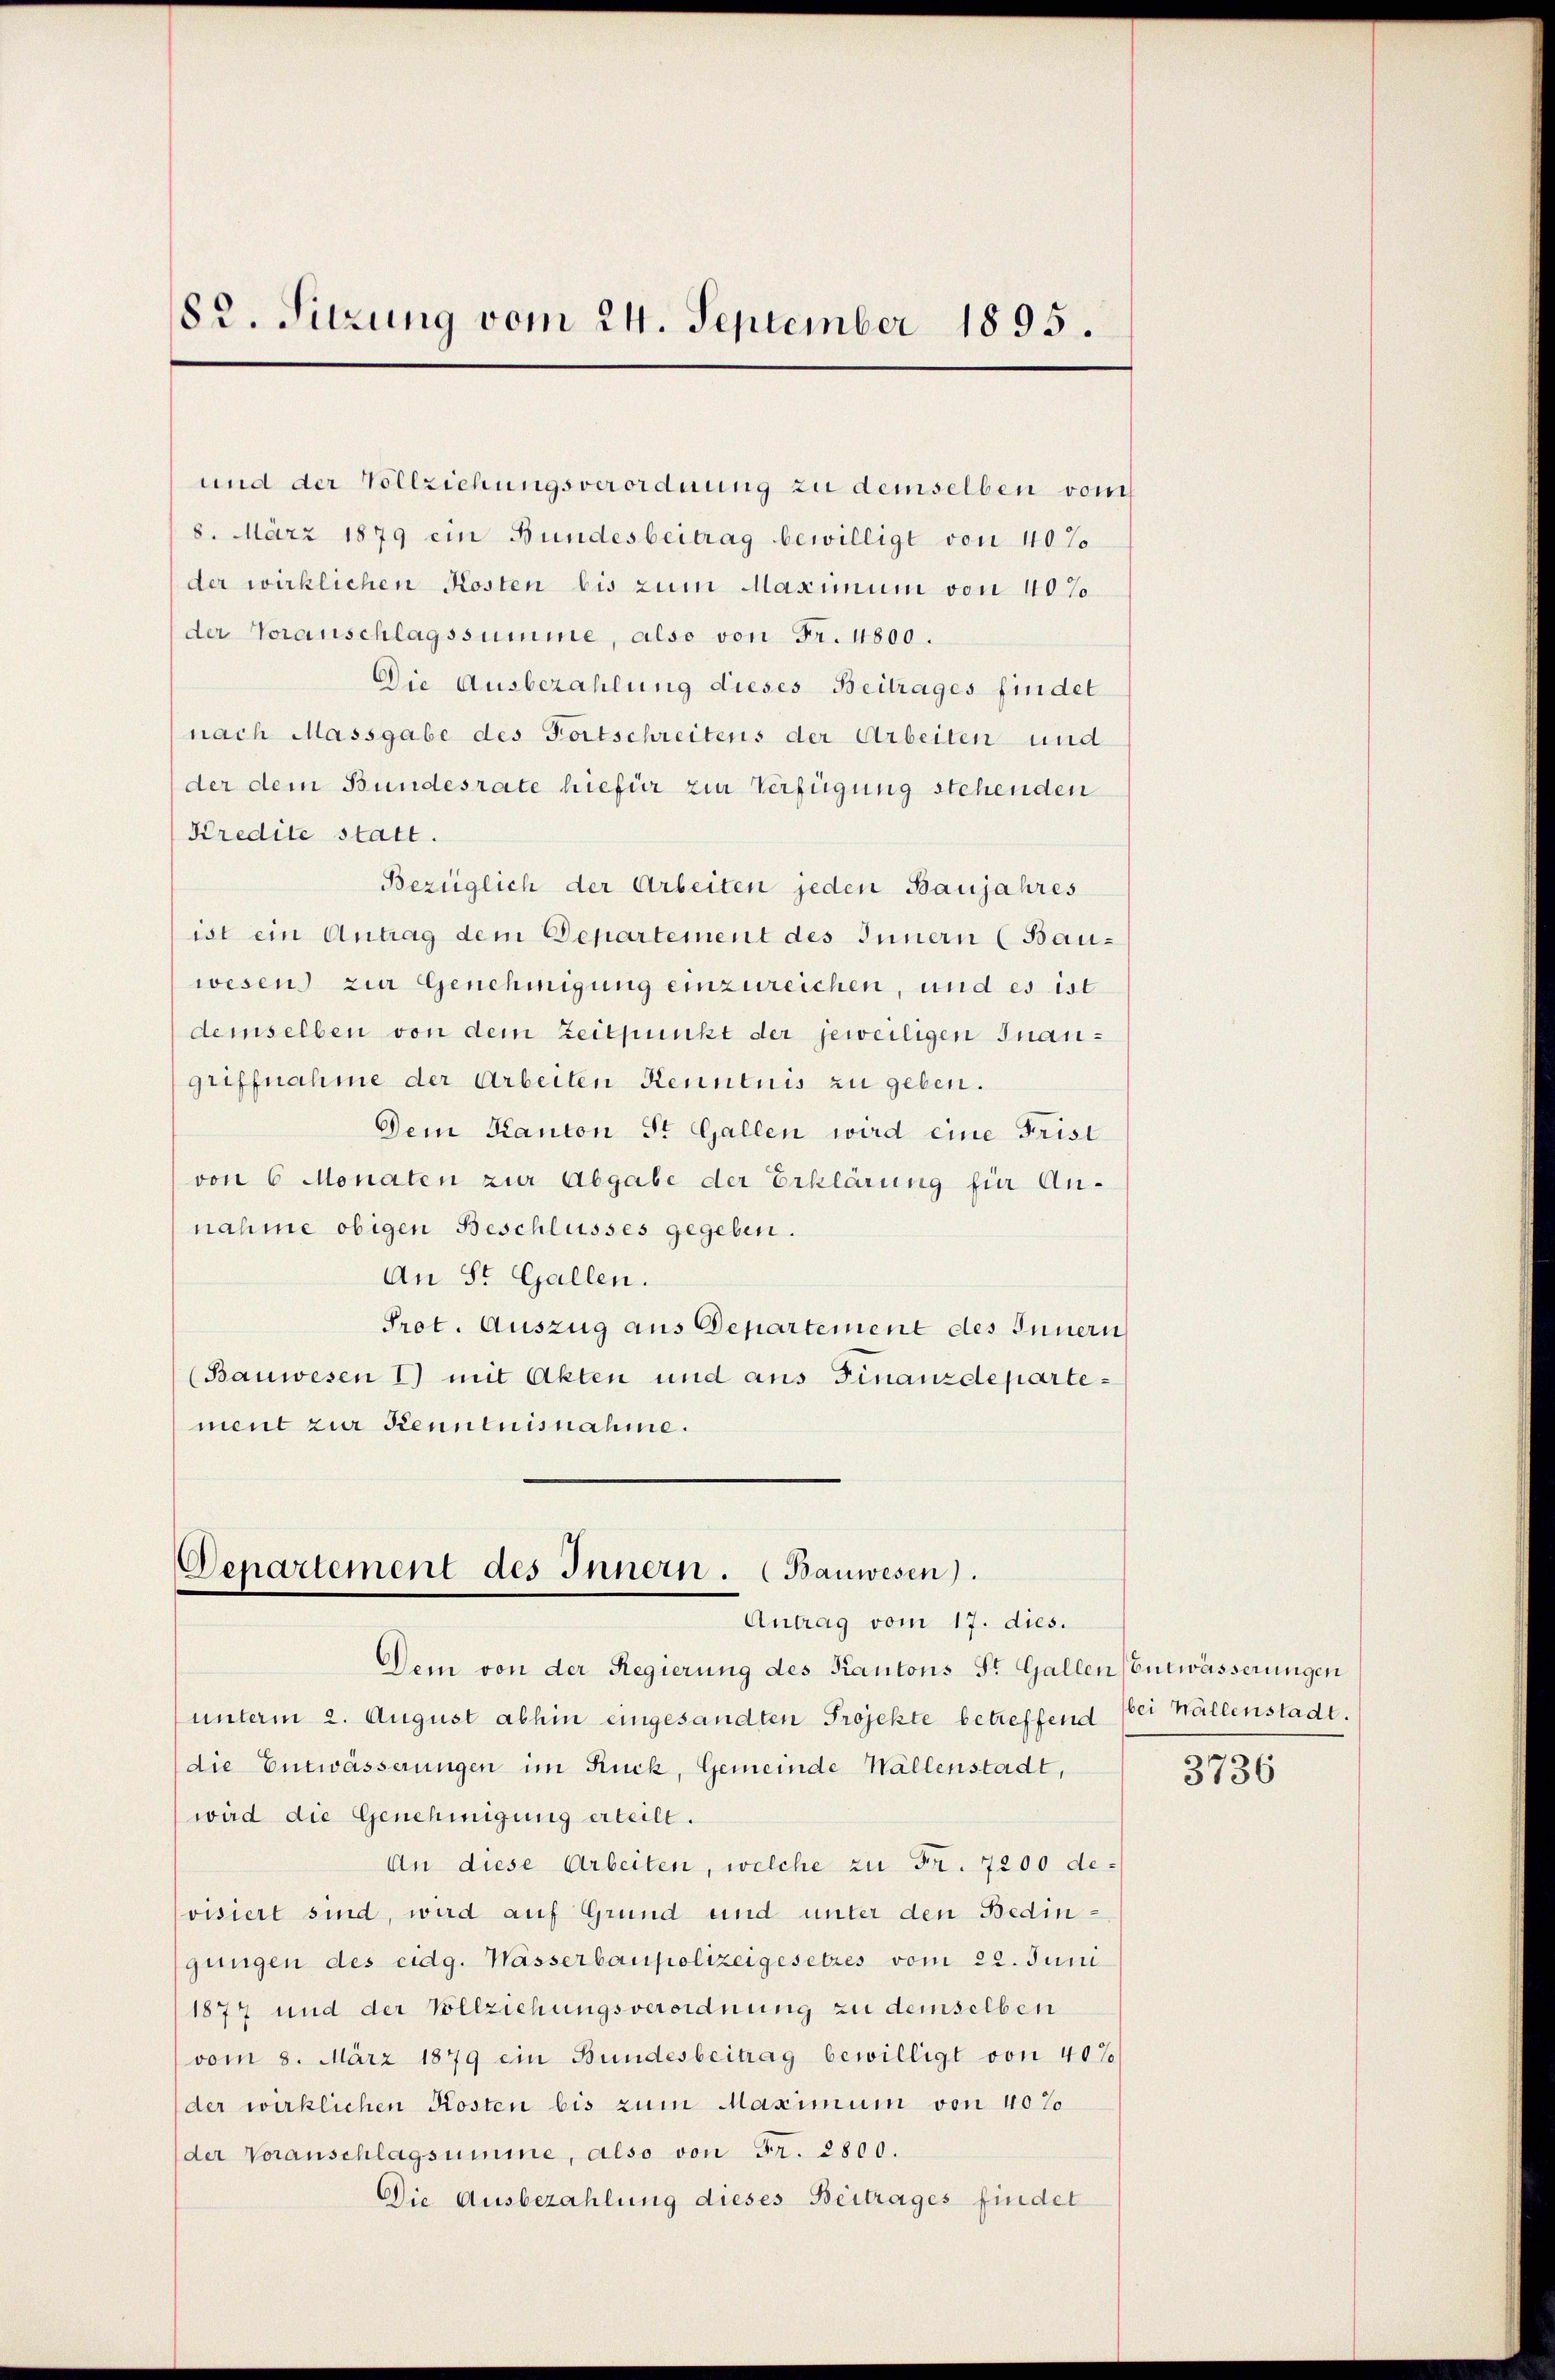
82. Sitzung vom 24. September 1895.

und der Vollziehungsverordnung zu demselben vom
8. März 1879 ein Bundesbeitrag bewilligt von 40%
der wirklichen Kosten bis zum Maximum von 40%
der Voranschlagssumme, also von Fr. 4800.
Die Ausbezahlung dieses Beitrages findet
nach Massgabe des Fortschreitens der Arbeiten und
der dem Bundesrate hiefür zur Verfügung stehenden
Kredite statt.
Bezüglich der Arbeiten jeden Baujahres
ist ein Antrag dem Departement des Innern (Bauwesen zur Genehmigung einzureichen, und es ist
demselben von dem Zeitpunkt der jeweiligen Inangriffnahme der Arbeiten Kenntnis zu geben.
Dem Kanton St. Gallen wird eine Frist
von 6 Monaten zur Abgabe der Erklärung für An-
nahme obigen Beschlusses gegeben.
An St. Gallen.
Prot. Auszug aus Departement des Innern
(Bauwesen 1) mit Akten und aus Finanzdepartement zur Kenntnisnahme.

Departement des Innern. (Bauwesen).
Antrag vom 17. dies.

Dem von der Regierung des Kantons St. Gallen Entwässerungen
unterm 2. August abhin eingesandten Projekte betreffend
die Entwässerungen im Ruck, Gemeinde Wällenstadt,
wird die Genehmigung erteilt.
An diese Arbeiten, welche zu Fr. 7200 devisiert sind, wird auf Grund und unter den Bedingungen des eidg. Wasserbaupolizeigesetzes vom 22. Juni
1877 und der Vollziehungsverordnung zu demselben
vom 8. März 1879 ein Bundesbeitrag bewilligt von 40%
der wirklichen Kosten bis zum Maximum von 40%
der Voranschlagsumme, also von Fr. 2800.
Die Ausbezahlung dieses Beitrages findet

bei Wallenstadt.

3736